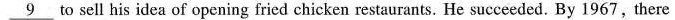
\underline{9} to sell his idea of opening fried chicken restaurants. He succeeded. By 1967, there